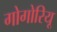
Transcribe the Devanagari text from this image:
गोगोरियू